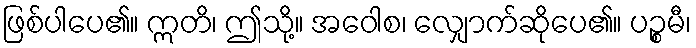
ဖြစ်ပါပေ၏။ ဣတိ၊ ဤသို့။ အဝေါစ၊ လျှောက်ဆိုပေ၏။ ပဉ္စမီ၊